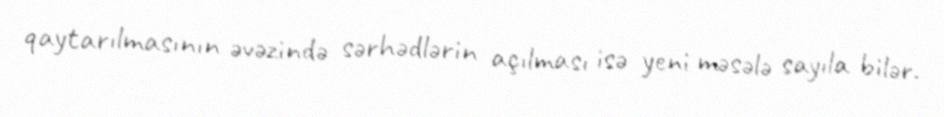
qaytarılmasının əvəzində sərhədlərin açılması isə yeni məsələ sayıla bilər.